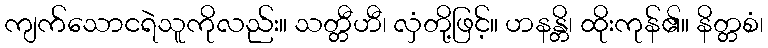
ကျက်သောငရဲသူကိုလည်း။ သတ္တီဟီ၊ လှံတို့ဖြင့်။ ဟနန္တိ၊ ထိုးကုန်၏။ နိတ္တစံ၊